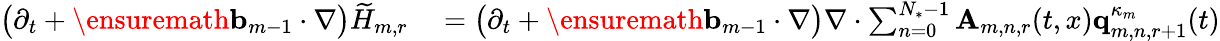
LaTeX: \begin{array}{rl}{\bigl(\partial_{t}+\ensuremath{\mathbf{b}}_{m-1}\cdot\nabla\bigr)\widetilde{H}_{m,r}}&{{}=\bigl(\partial_{t}+\ensuremath{\mathbf{b}}_{m-1}\cdot\nabla\bigr)\nabla\cdot\sum_{n=0}^{N_{*}-1}\mathbf{A}_{m,n,r}(t,x)\mathbf{q}_{m,n,r+1}^{\kappa_{m}}(t)}\end{array}